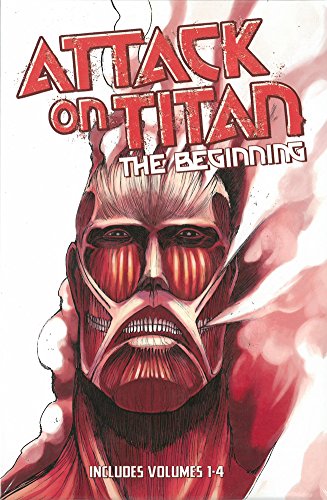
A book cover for Attack on Titan: The Beginning Box Set (Volumes 1-4); Hajime Isayama; Comics & Graphic Novels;